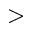
>